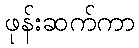
ဖုန်းဆက်ကာ